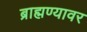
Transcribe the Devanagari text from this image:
ब्राह्मण्यावर